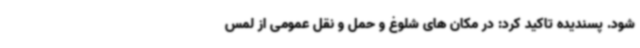
شود. پسندیده تاکید کرد: در مکان های شلوغ و حمل و نقل عمومی از لمس